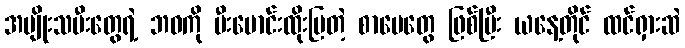
အမျိုးသမီးတွေရဲ့ ဘဝကို မီးမောင်းထိုးပြတဲ့ စာပေတွေ ဖြစ်ပြီး ယနေ့တိုင် ထင်ရှားဆဲ